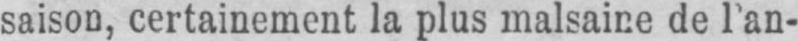
saison, certainement la plus malsaine de l’an-